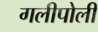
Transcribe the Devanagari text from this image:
गलीपोली